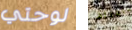
لوحتي بالحفاظ